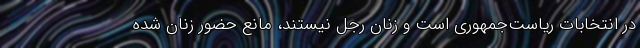
در انتخابات ریاست‌جمهوری است و زنان رجل نیستند، مانع حضور زنان شده